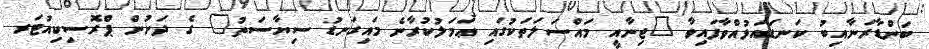
ބަންޑާރަނާއިބު ކަނޑައަޅުއްވާފައިވާ "ޖިނާއީ މައްސަލަތަކުގައި ޢަމަލުކުރާނެ މައިގަނޑު ސިޔާސަތު" ގެ ދަށުން ޕްރޮސިކިއުޓަރ